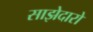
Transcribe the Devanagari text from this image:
साझेदारो